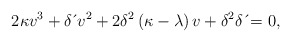
\begin{align*}2\kappa v^{3}+\delta \,\acute{}\,v^{2}+2\delta^{2}\left( \kappa-\lambda \right) v+\delta^{2}\delta \,\acute{}=0, \end{align*}